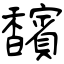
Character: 馪